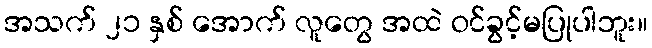
အသက် ၂၁ နှစ် အောက် လူတွေ အထဲ ဝင်ခွင့်မပြုပါဘူး။